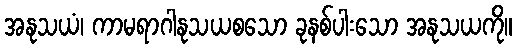
အနုသယံ၊ ကာမရာဂါနုသယစသော ခုနစ်ပါးသော အနုသယကို။